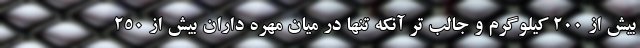
بیش از 200 کیلوگرم و جالب تر آنکه تنها در میان مهره داران بیش از 250